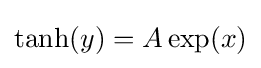
\tanh(y)=A\exp(x)